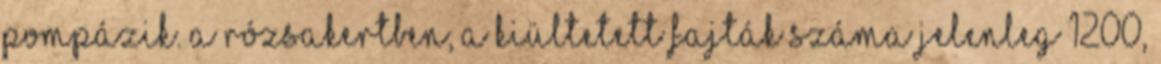
pompázik. A rózsakertben, a kiültetett fajták száma jelenleg 1200,